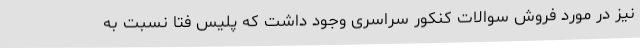
نیز در مورد فروش سوالات کنکور سراسری وجود داشت که پلیس فتا نسبت به